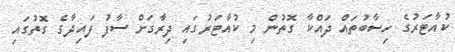
ކުއާޓަރުގެ ހިސާބުތައް ދައްކާ ގޮތުން މި ކުއާޓަރުގައި ދިރާގަށް ސާފު ފައިދާގެ ގޮތުގައި